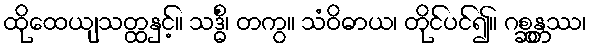
ထိုထေယျသတ္ထနှင့်။ သဒ္ဓိံ၊ တကွ။ သံဝိဓာယ၊ တိုင်ပင်၍။ ဂစ္ဆန္တဿ၊